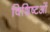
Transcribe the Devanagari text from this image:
विशिष्टओं